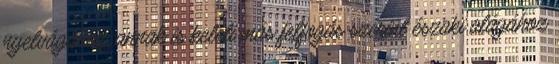
nyelvágához, annak is keleti más felfogás szerint északi alágához